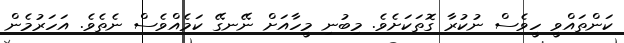
ކަންތައްވީ ހީވެސް ނުކުރާ ގޮތަކަށެވެ. މިބުނި މީހާއަށް ނޭނގޭ ކަމެއްވެސް ނެތެެވެ. އަހަރުމެން